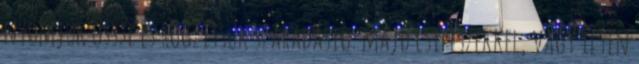
nyomjuk össze és rögzítsük száradásig. majd csipeszekkel, vagy ilyen